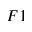
F 1